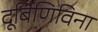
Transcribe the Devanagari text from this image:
दूर्बिणिविना